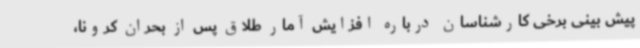
پیش بینی برخی کارشناسان درباره افزایش آمار طلاق پس از بحران کرونا،